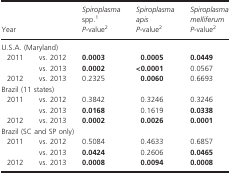
|  |  | Spiroplasma spp.1 | Spiroplasma apis | Spiroplasma melliferum |
 | <COLSPAN=2> Year | P-value2 | P-value2 | P-value2 |
 | --- | --- | --- | --- | --- |
 | <COLSPAN=5> U.S.A. (Maryland) |
 | 2011 | vs. 2012 | 0.0003 | 0.0005 | 0.0449 |
 |  | vs. 2013 | 0.0002 | <0.0001 | 0.0567 |
 | 2012 | vs. 2013 | 0.2325 | 0.0060 | 0.6693 |
 | <COLSPAN=5> Brazil (11 states) |
 | 2011 | vs. 2012 | 0.3842 | 0.3246 | 0.3246 |
 |  | vs. 2013 | 0.0168 | 0.1619 | 0.0338 |
 | 2012 | vs. 2013 | 0.0002 | 0.0026 | 0.0001 |
 | <COLSPAN=5> Brazil (SC and SP only) |
 | 2011 | vs. 2012 | 0.5084 | 0.4633 | 0.6857 |
 |  | vs. 2013 | 0.0424 | 0.2606 | 0.0465 |
 | 2012 | vs. 2013 | 0.0008 | 0.0094 | 0.0008 |